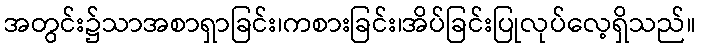
အတွင်း၌သာအစာရှာခြင်း၊ကစားခြင်း၊အိပ်ခြင်းပြုလုပ်လေ့ရှိသည်။